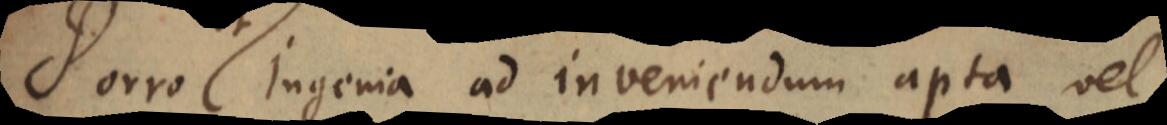
Porro Ingenia ad inveniendum apta vel